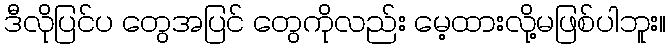
ဒီလိုပြင်ပ တွေအပြင် တွေကိုလည်း မေ့ထားလို့မဖြစ်ပါဘူး။